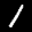
Label: 1